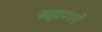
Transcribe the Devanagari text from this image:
ब्रह्मणमे